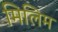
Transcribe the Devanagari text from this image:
मिलिम